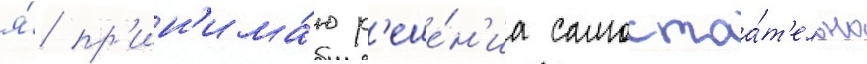
я́ пр'ин'има́ю р'еше́н'иа самостоа́т'ельно